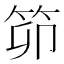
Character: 笷